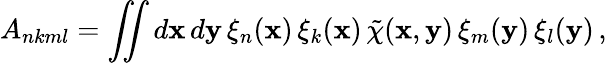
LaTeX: A_{nkml}=\iint d{\mathbf x}\, d{\mathbf y}\, \xi_{n}({\mathbf x})\, \xi_{k}({\mathbf x})\, \tilde{\chi}({\mathbf x},{\mathbf y})\, \xi_{m}({\mathbf y})\, \xi_{l}({\mathbf y})\, ,